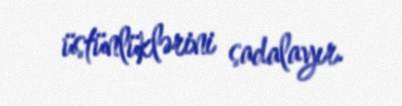
üstünlüklərini sadalayır.